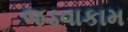
જડવાકામ